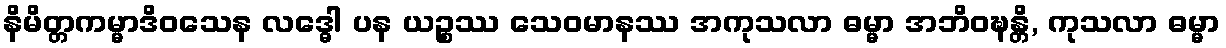
နိမိတ္တကမ္မာဒိဝသေန လဒ္ဓေါ ပန ယဉ္စဿ သေဝမာနဿ အကုသလာ ဓမ္မာ အဘိဝဍ္ဎန္တိ, ကုသလာ ဓမ္မာ